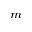
_ { m }